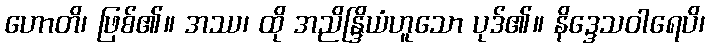
ဟောတိ၊ ဖြစ်၏။ အဿ၊ ထို အညိန္ဒြိယံဟူသော ပုဒ်၏။ နိဒ္ဒေသဝါရေပိ၊